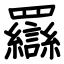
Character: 羉